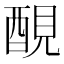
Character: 𨡁